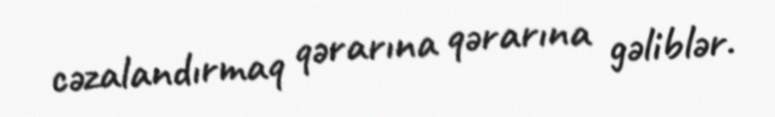
cəzalandırmaq qərarına qərarına gəliblər.